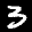
Label: 3